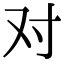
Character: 对